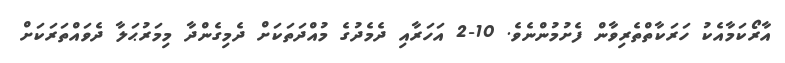
އާރޯކަމާއެކު ހަރަކާތްތެރިވާން ފެށުމުންނެވެ. 10-2 އަހަރާއި ދެމެދުގެ މުއްދަތަކަށް ދެމިގެންދާ މިމަރުޙަލާ ދެވައްތަރަކަށް